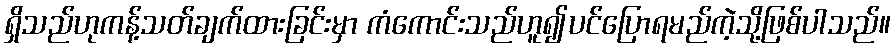
ရှိသည်ဟုကန့်သတ်ချက်ထားခြင်းမှာ ကံကောင်းသည်ဟူ၍ပင်ပြောရမည်ကဲ့သို့ဖြစ်ပါသည်။